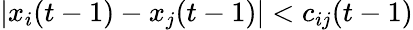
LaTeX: |x_{i}(t-1)-x_{j}(t-1)|<c_{ij}(t-1)